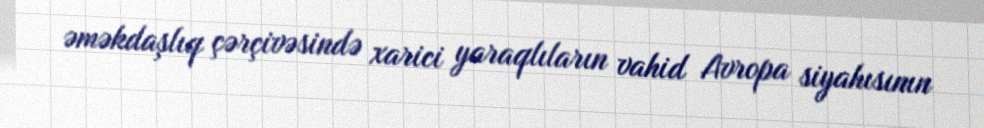
əməkdaşlıq çərçivəsində xarici yaraqlıların vahid Avropa siyahısının